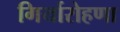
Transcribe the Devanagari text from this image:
गिर्यारोहणा